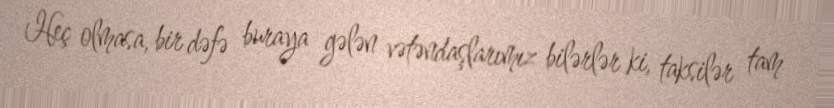
Heç olmasa, bir dəfə buraya gələn vətəndaşlarımız bilərlər ki, taksilər tam